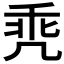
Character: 𪞳